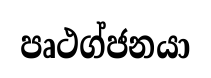
පෘථග්ජනයා